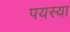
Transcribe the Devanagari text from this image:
पयस्या